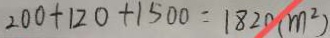
2 0 0 + 1 2 0 + 1 5 0 0 = 1 8 2 0 ( m ^ { 2 } )